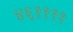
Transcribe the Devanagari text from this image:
४६११११